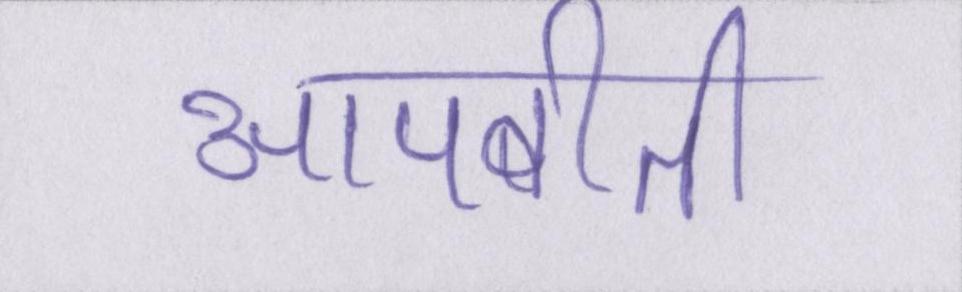
आपबीती